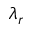
\lambda _ { r }